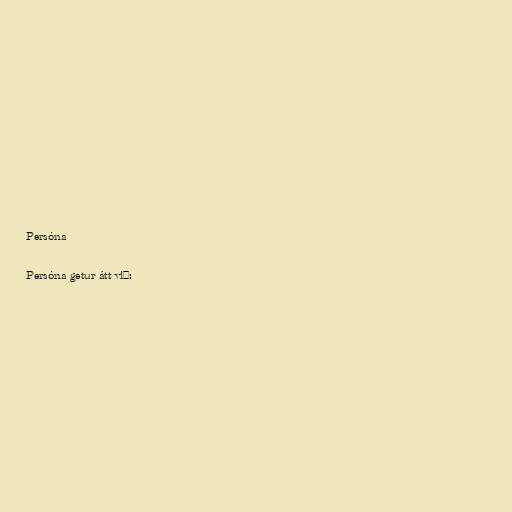
Persóna

Persóna getur átt við: